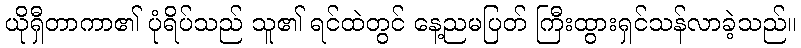
ယိုရှီတာကာ၏ ပုံရိပ်သည် သူ၏ ရင်ထဲတွင် နေ့ညမပြတ် ကြီးထွားရှင်သန်လာခဲ့သည်။